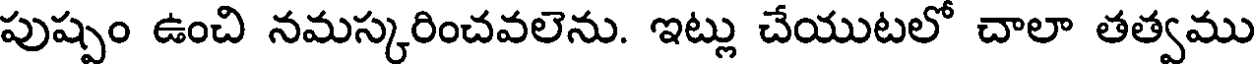
పుష్పం ఉంచి నమస్కరించవలెను. ఇట్లు చేయుటలో చాలా తత్వము